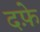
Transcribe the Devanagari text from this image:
दफ़े